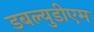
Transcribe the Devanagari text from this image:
डबल्युडीएम